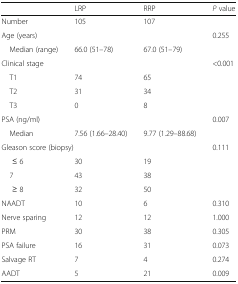
|  | LRP | RRP | P value |
 | --- | --- | --- | --- |
 | Number | 105 | 107 |  |
 | Age (years) |  |  | 0.255 |
 | Median (range) | 66.0 (51–78) | 67.0 (51–79) |  |
 | Clinical stage |  |  | <0.001 |
 | T1 | 74 | 65 |  |
 | T2 | 31 | 34 |  |
 | T3 | 0 | 8 |  |
 | PSA (ng/ml) |  |  | 0.007 |
 | Median | 7.56 (1.66–28.40) | 9.77 (1.29–88.68) |  |
 | <COLSPAN=2> Gleason score (biopsy) |  | 0.111 |
 | ≤ 6 | 30 | 19 |  |
 | 7 | 43 | 38 |  |
 | ≥ 8 | 32 | 50 |  |
 | NAADT | 10 | 6 | 0.310 |
 | Nerve sparing | 12 | 12 | 1.000 |
 | PRM | 30 | 38 | 0.305 |
 | PSA failure | 16 | 31 | 0.073 |
 | Salvage RT | 7 | 4 | 0.274 |
 | AADT | 5 | 21 | 0.009 |